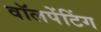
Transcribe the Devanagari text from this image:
वॉलपेंटिंग